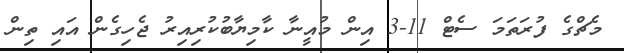
މެޗްގެ ފުރަތަމަ ސެޓް 11-3 އިން މުއީނާ ކާމިޔާބުކުރިއިރު ޖެހިގެން އައި ތިން